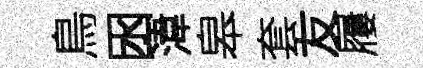
鳥囦湋皋套友屨